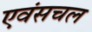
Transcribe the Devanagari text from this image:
एवंसचल